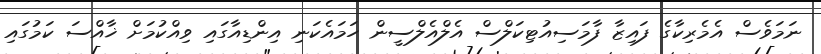
ނަމަވެސް އެމެރިކާގެ ފައިޒާ ފާމަސިއުޓިކަލްސް އެލްއެލްސީން ހަމައެކަނި އިންޑިއާގައި ވިއްކުމަށް ޚާއްސަ ކަމުގައި